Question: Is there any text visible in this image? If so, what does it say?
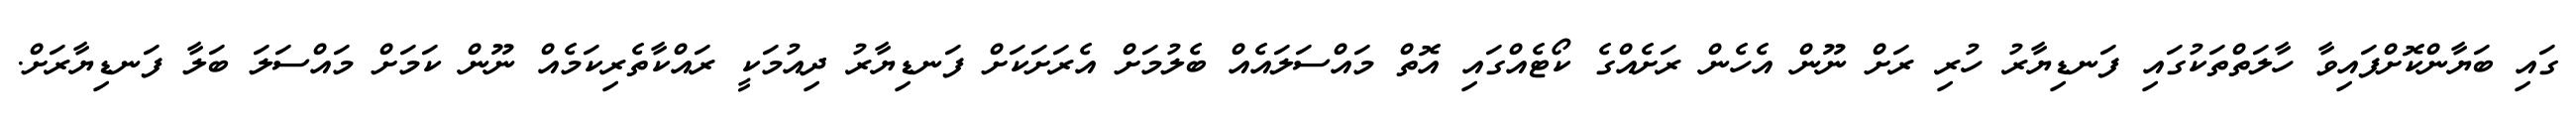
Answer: ގައި ބަޔާންކޮށްފައިވާ ހާލަތްތަކުގައި ފަނޑިޔާރު ހުރި ރަށް ނޫން އެހެން ރަށެއްގެ ކޯޓެއްގައި އޮތް މައްސަލައެއް ބެލުމަށް އެރަށަކަށް ފަނޑިޔާރު ދިއުމަކީ ރައްކާތެރިކަމެއް ނޫން ކަމަށް މައްސަލަ ބަލާ ފަނޑިޔާރަށް.